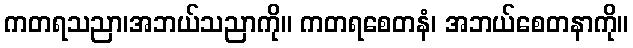
ကတရသညာ၊အဘယ်သညာကို။ ကတရစေတနံ၊ အဘယ်စေတနာကို။